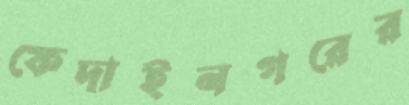
ফেদাইনগরের